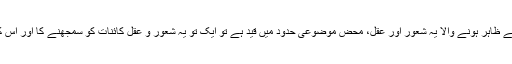
لیکن ایک بات جو کہ ناقابلِ قبول ہے وہ یہ کہ اگر ارتقا سے ظاہر ہونے والا یہ شعور اور عقل، محض موضوعی حدود میں قید ہے تو ایک تو یہ شعور و عقل کائنات کو سمجھنے کا اور اس کے بارے میں نتائج قائم کرنے کا مستند آلہ نہیں ہوسکتے۔